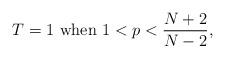
LaTeX: \begin{align*}T=1\hbox{ when }1<p<\frac {N+2}{N-2},\end{align*}